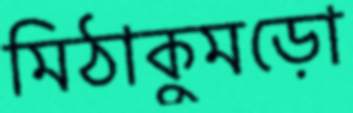
মিঠাকুমড়ো